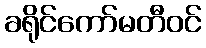
ခရိုင်ကော်မတီဝင်